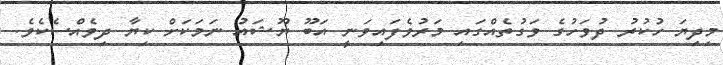
މިދިޔަ ހުކުރު ދުވަހުގެ ވަގުތެއްގައި މަރުވެފައިވަނީ އަބޫ ޔޫޝައު ނަމަކަށް ކިޔާ ދިވެއްސެކެވެ.